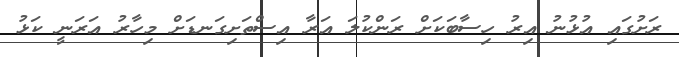
ރަށުގައި އުޅުނު އިރު ހިސާބަކަށް ރަންކުލަ އަރާ އިސްތަށިގަނޑަށް މިހާރު އަރަނީ ކަޅު